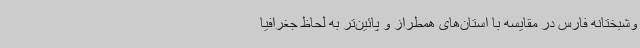
وشبختانه فارس در مقایسه با استان‌های همطراز و پائین‌تر به لحاظ جغرافیا